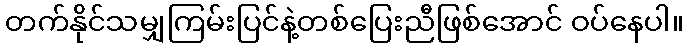
တက်နိုင်သမျှကြမ်းပြင်နဲ့တစ်ပြေးညီဖြစ်အောင် ဝပ်နေပါ။